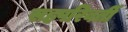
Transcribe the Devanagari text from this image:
सहपरिवर्ती